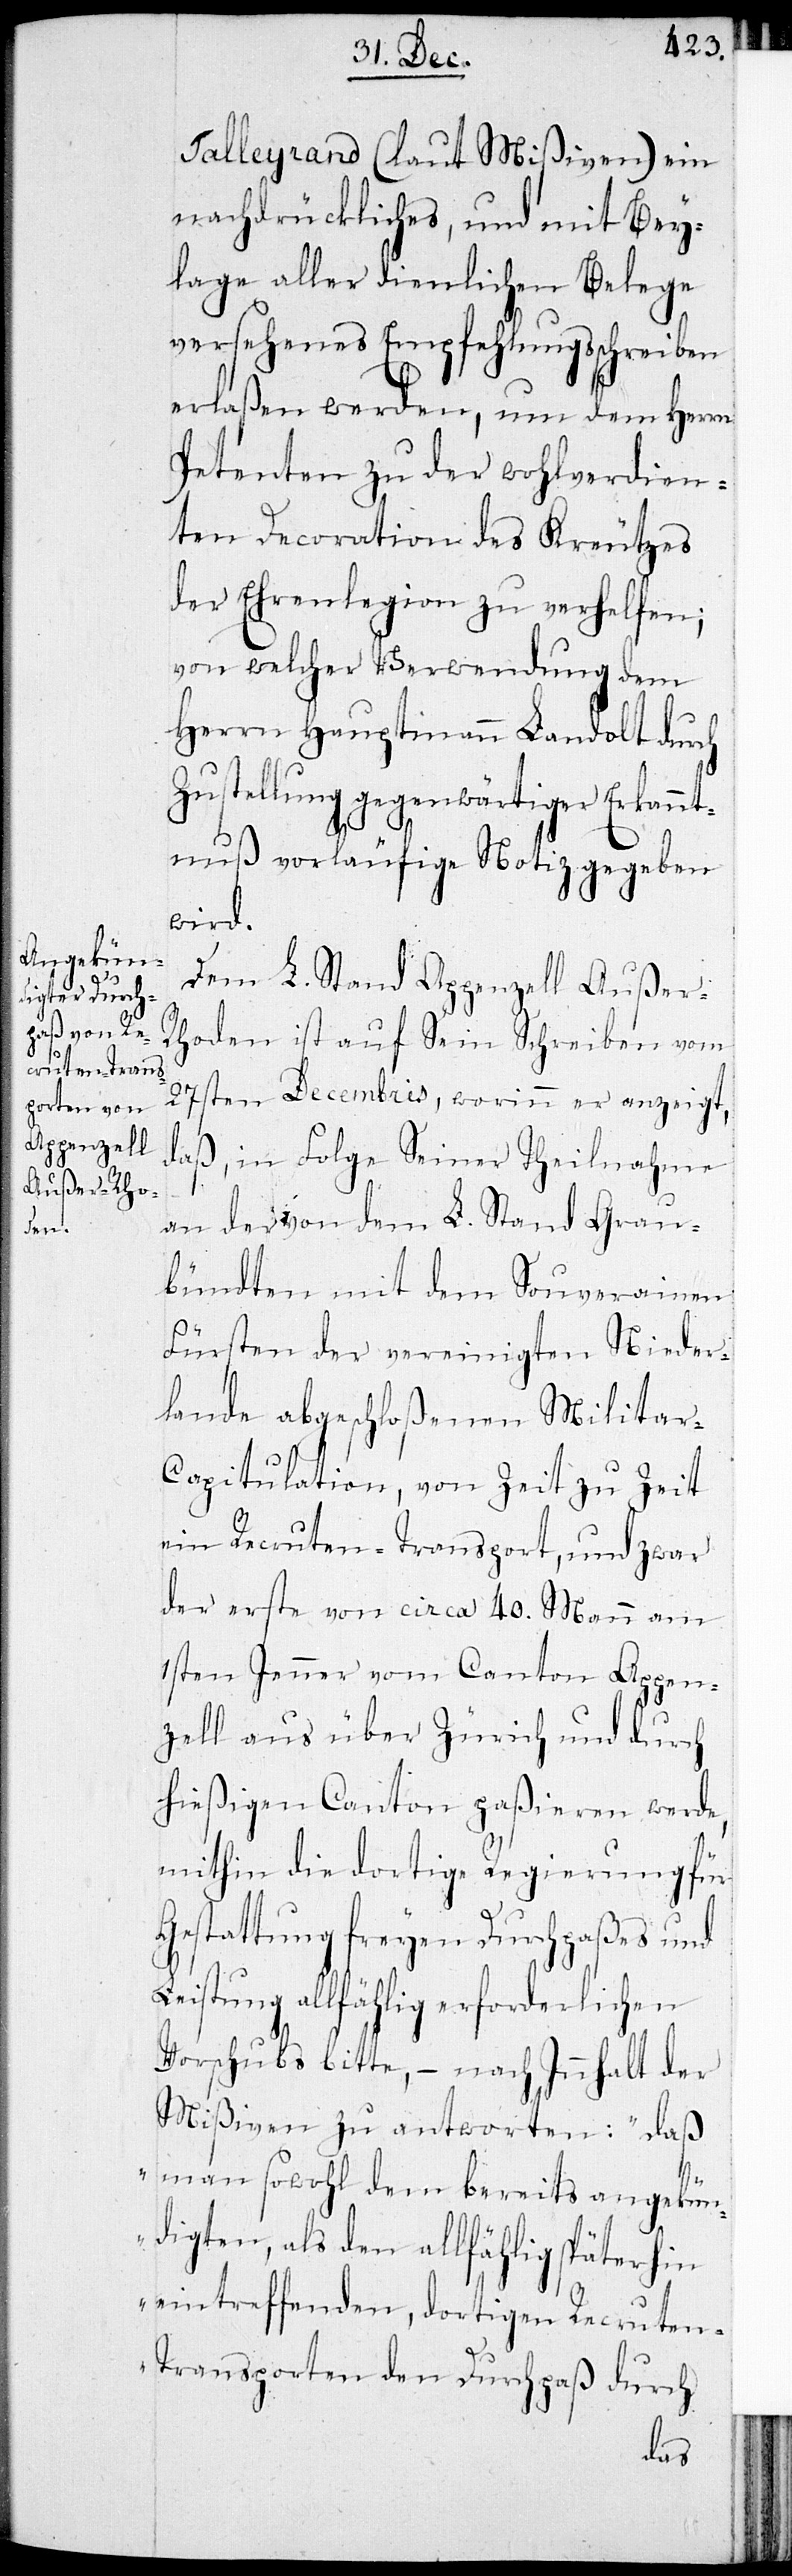
Talleyrand (laut Mißiven) ein
nachdrückliches, und mit Bey¬
lage aller dienlichen Belege
versehenes Empfehlungsschreiben
erlaßen werden, um dem Herrn
Petenten zu der wohlverdien¬
ten Dekoration des Kreutzes
der Ehrenlegion zu verhelfen;
von welcher Verwendung dem
Herrn Hauptmann Landolt durch
Zustellung gegenwärtiger Erkannt¬
nuß vorläufige Notiz gegeben
wird.
Dem L. Stand Appenzell Außer-R¬
hoden ist auf Sein Schreiben vom
27sten Decembris, worinn er anzeigt,
daß, in Folge Seiner Theilnahme
an der von dem L. Stand Grau¬
bündten mit dem Souverainen
Fürsten der vereinigten Nieder¬
lande abgeschloßenen Militar-C¬
apitulation, von Zeit zu Zeit
ein Recruten-Transport, und zwar
der erste von circa 40. Mann am
1sten Jenner vom Canton Appen¬
zell aus über Zürich und durch
hießigen Canton paßieren werde,
mithin die dortige Regierung für
Gestattung freyen Durchpaßes und
Leistung allfählig erforderlichen
Vorschubs bitte, – nach Innhalt der
Mißiven zu antworten: „daß
man sowohl dem bereits angekü¬
ndigten, als den allfählig späterhin
eintreffenden, dortigen Recruten-T¬
ransporten den Durchpaß durch